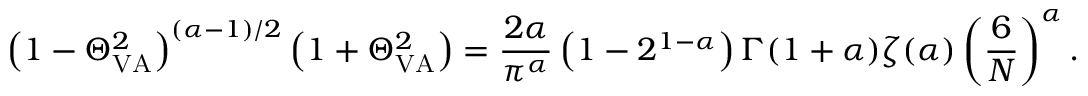
\left( 1 - \Theta _ { \mathrm { V A } } ^ { 2 } \right) ^ { ( \alpha - 1 ) / 2 } \left( 1 + \Theta _ { \mathrm { V A } } ^ { 2 } \right) = \frac { 2 \alpha } { \pi ^ { \alpha } } \left( 1 - 2 ^ { 1 - \alpha } \right) \Gamma ( 1 + \alpha ) \zeta ( \alpha ) \left( \frac { 6 } { N } \right) ^ { \alpha } .